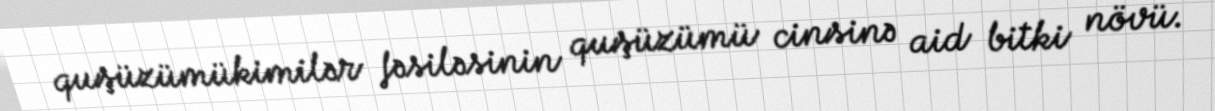
quşüzümükimilər fəsiləsinin quşüzümü cinsinə aid bitki növü.